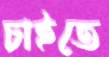
চাইতে